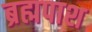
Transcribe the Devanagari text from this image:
ब्रह्मपाश